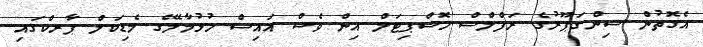
އެގޮތުން ސިންގަޕޫރުގެ ރަފްލްސް ހޮސްޕިޓަލް އިން ވެސް އައިސް ހުޅުމާލޭގެ މެޑިކަލް ޕާރކްގައި